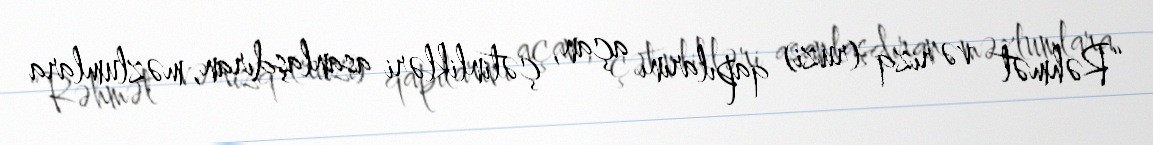
“Rəhmət və rizq (ruzi) qapılarını açan, çətinlikləri asanlaşdıran, məzlumlara